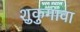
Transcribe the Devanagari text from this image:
शुकुगावा